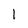
Character: I